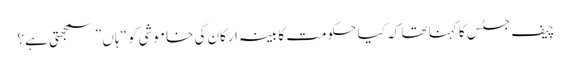
چیف جسٹس کا کہنا تھا کہ کیا حکومت کابینہ ارکان کی خاموشی کو “ہاں” سمجھتی ہے؟